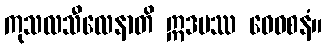
ကုသလသီလေနာတိ ဣဒမဿ ဝေဝစနံ။